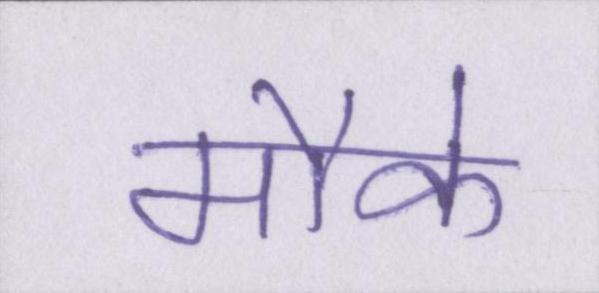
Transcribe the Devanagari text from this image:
मौके